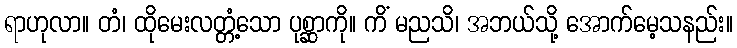
ရာဟုလာ။ တံ၊ ထိုမေးလတ္တံ့သော ပုစ္ဆာကို။ ကိံ မညသိ၊ အဘယ်သို့ အောက်မေ့သနည်း။